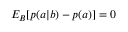
{ E } _ { B } [ p ( a | b ) - p ( a ) ] = 0